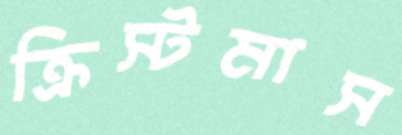
ক্রিস্টমাস